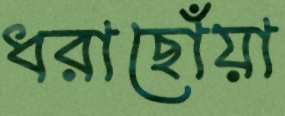
ধরাছোঁয়া